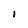
Character: 1